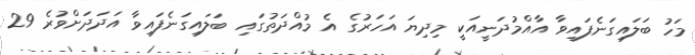
މަހު ބަލައިގަނެފައިވާ އާއްމުދަނީއަކީ މިދިޔަ އަހަރުގެ އެ މުއްދަތުގައި ބަލައިގަނެފައިވާ އަދަދަށްވުރެ 29